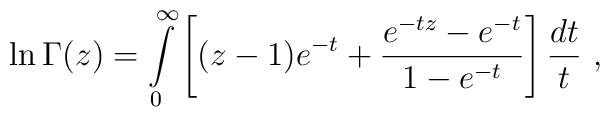
\ln \Gamma(z)=\int\limits_0^\infty\left[ (z-1)e^{-t}+\frac{e^{-tz}-e^{-t}}{1-e^{-t}}\right]\frac{dt}{t}\ ,